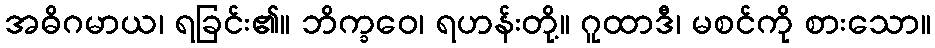
အဓိဂမာယ၊ ရခြင်း၏။ ဘိက္ခဝေ၊ ရဟန်းတို့။ ဂူထာဒီ၊ မစင်ကို စားသော။